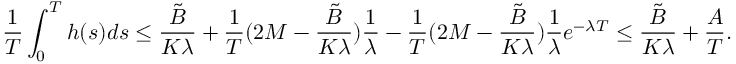
\frac { 1 } { T } \int _ { 0 } ^ { T } h ( s ) d s \leq \frac { \tilde { B } } { K \lambda } + \frac { 1 } { T } ( 2 M - \frac { \tilde { B } } { K \lambda } ) \frac { 1 } { \lambda } - \frac { 1 } { T } ( 2 M - \frac { \tilde { B } } { K \lambda } ) \frac { 1 } { \lambda } e ^ { - \lambda T } \leq \frac { \tilde { B } } { K \lambda } + \frac { A } { T } .